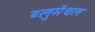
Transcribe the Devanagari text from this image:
ब्लुमेंथल